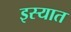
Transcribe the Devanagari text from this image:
इस्यात